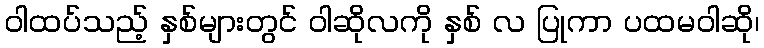
ဝါထပ်သည့် နှစ်များတွင် ဝါဆိုလကို နှစ် လ ပြုကာ ပထမဝါဆို၊